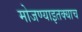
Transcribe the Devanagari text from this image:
मोजण्याइतक्याच